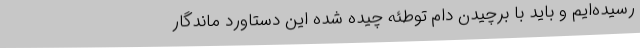
رسیده‌ایم و باید با برچیدن دام توطئه چیده شده این دستاورد ماندگار